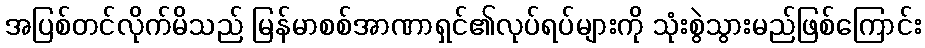
အပြစ်တင်လိုက်မိသည် မြန်မာစစ်အာဏာရှင်၏လုပ်ရပ်များကို သုံးစွဲသွားမည်ဖြစ်ကြောင်း